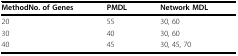
<table><thead><tr><td><b>MethodNo. of Genes</b></td><td><b>PMDL</b></td><td><b>Network MDL</b></td></tr></thead><tbody><tr><td>20</td><td>55</td><td>30, 60</td></tr><tr><td>30</td><td>40</td><td>30, 60</td></tr><tr><td>40</td><td>45</td><td>30, 45, 70</td></tr></tbody></table>